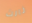
ثالث